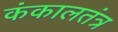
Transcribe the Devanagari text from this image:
कंकालतंत्र